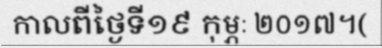
កាលពីថ្ងៃទី១៩ កុម្ភៈ ២០១៧។(